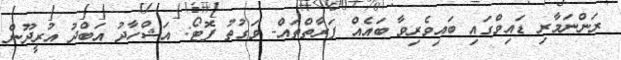
ރަންނަމާރި ޑައިވްގައި ބައިވެރިވާ ބައެއް ފަރާތްތައް- ވަގުތު ފޮޓޯ: އަޝްހާދު އަބްދު އުރީދޫން